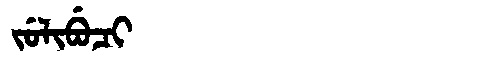
Manchu: ᠵᡠᠯᡳᠪᡠᠴᡳ
Romanization: JULIBUCI